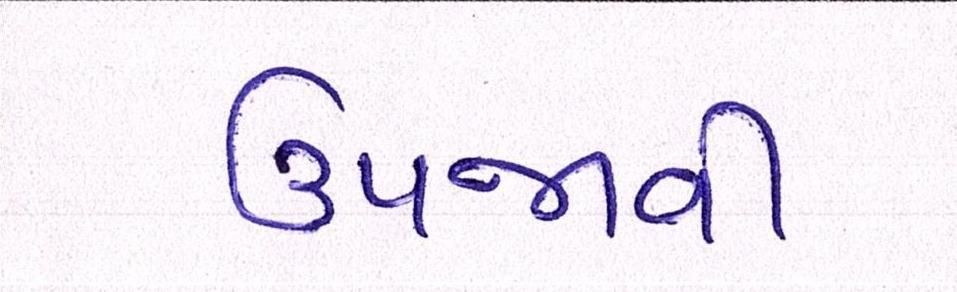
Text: ઉપજાવી